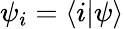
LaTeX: \psi_{i}=\langle i|\psi\rangle